Investigations on Bengal jail dietaries - Number 37
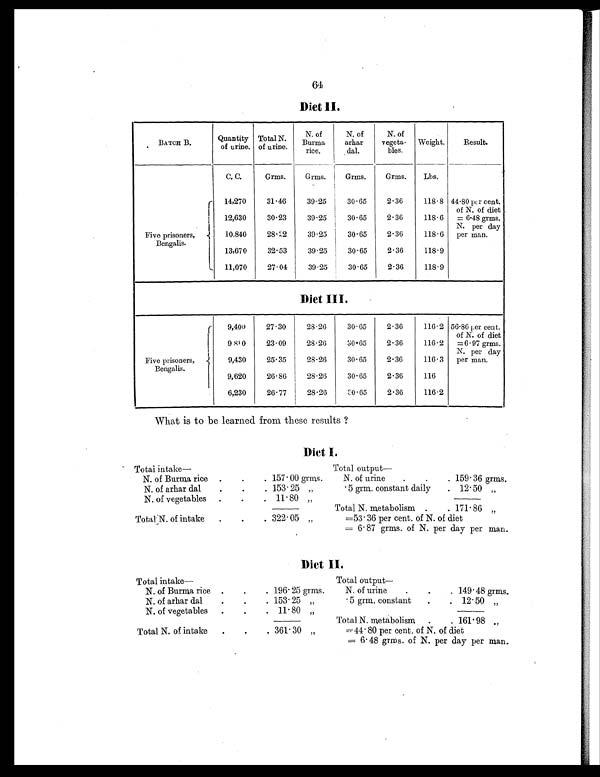
64
Diet II.
BATCH B.
Quantity
of urine.
Total N.
of urine.
N. of
Burma
rice.
N. of
arhar
dal.
N. of
vegeta-
bles.
Weight.
Result.
C. C.
Grms.
Grms.
Grms.
Grms.
Lbs.
Five prisoners,
Bengalis.
14,270
31.46
39.25
30.65
2.36
118.8 44.80 per cent.
of N. of diet
= 6.48 grms.
N. per day
per man.
12,630
30.23
39.25
30.65
2.36
118.6
10,840
28.22
39.25
30.65
2.36
118.6
13,670
32.53
39.25
30.65
2.36
118.9
11,070
27.04
39.25
30.65
2.36
118.9
Diet III.
Five prisoners,
Bengalis.
9,400
27.30
28.26
30.65
2.36
116.2 56. 86 per cent.
of N. of
d i e t
=6.97 grms.
N. per day
per man.
9 810
23.09
28.26
30.65
2.36
116.2
9,430
25.35
28.26
30.65
2.36
116.3
9,620
26.86
28.26
30.65
2.36
116
6,230
26.77
28.26
30.65
2.36
116.2
What is to be learned from these results ?
Diet I.
T o t a l i n t a k e —
Total output
—
N. of Burma rice .
.
. 157.00 grms.
N. of urine
.
.
. 159.36 grms.
N. of arhar dal
.
.
. 153.25 „
.5 grm. constant daily
. 12.50 „
N. of vegetables
.
.
. 11.80 „
Total N. metabolism .
. 171.86 „
Total N. of intake
.
.
. 322.05 „
=53.36 per cent. of N. of diet
= 6.87 grms. of N. per day per man.
Diet II.
T o t a l i n t a k e —
Total output
—
N. of Burma rice .
.
. 196.25 grms.
N. of urine
.
.
. 149.48 grms.
N. of arhar dal
.
.
. 153.25 „
.5 grm. constant
.
. 12.50 „
N. of vegetables
.
.
.
11.80 „
Total N. metabolism
.
. 161.98 „
Total N. of intake
.
.
. 361.30
„
=44.80 per cent. of N. of diet
= 6.48 grms. of N. per day per man.